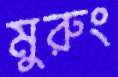
মুরুং